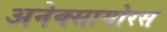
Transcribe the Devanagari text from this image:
अनेक्सागोरस